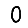
Digit: 0